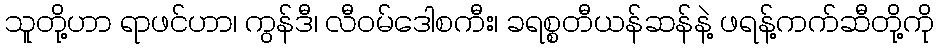
သူတို့ဟာ ရာဖင်ဟာ၊ ကွန်ဒီ၊ လီဝမ်ဒေါစကီး၊ ခရစ္စတီယန်ဆန်နဲ့ ဖရန့်ကက်ဆီတို့ကို